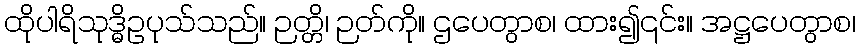
ထိုပါရိသုဒ္ဓိဥပုသ်သည်။ ဉတ္တိ၊ ဉတ်ကို။ ဌပေတွာစ၊ ထား၍၎င်း။ အဋ္ဌပေတွာစ၊